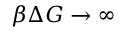
\beta \Delta G \rightarrow \infty